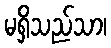
မရှိသည်သာ၊